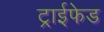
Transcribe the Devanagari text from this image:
ट्राईफेड